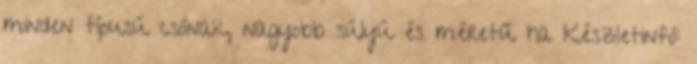
minden típusú csónak, nagyobb súlyú és méretű ha Készletinfó: